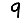
Digit: 9